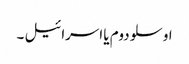
اوسلو دوم یا اسرائیل ۔